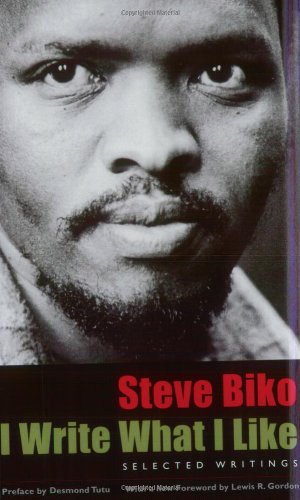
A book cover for I Write What I Like: Selected Writings; Steve Biko; Literature & Fiction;